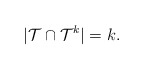
\begin{align*} |\mathcal{T} \cap \mathcal{T}^{k}| = k. \end{align*}